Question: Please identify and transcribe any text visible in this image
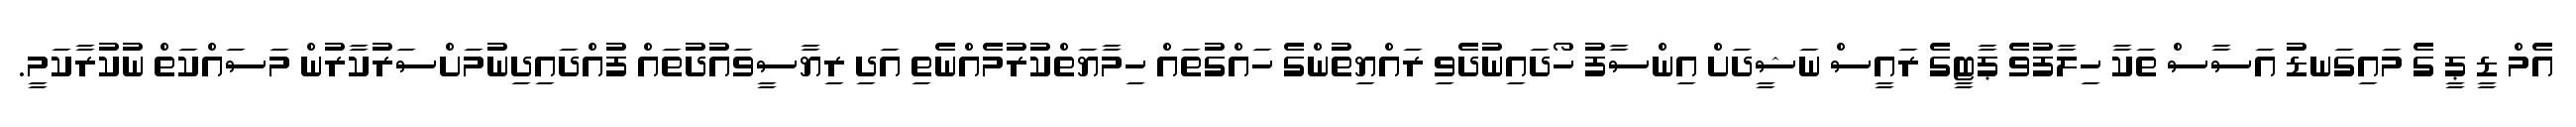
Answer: އެމް ޑީ ޕީ ގެ މައިގަނޑު އަސާސް ތަކާ ހިލާފުވެ ޕާޓީގެ ރައީސް ނަޝީދަށް އިންސާފު ހޯދައިނުދެވި ރައްޔިތުންގެ ހައްގުތައް ހިމާޔަތްކުރުމެއްނެތި އަދި ރިޔާސީވައުދުތައް ފުއްދައިދިނުމަށްސަރުކާރުން މަސައްކަތް ނުކުރާކަމީ.